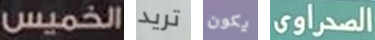
الخميس تريد يكون الصحراوى